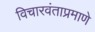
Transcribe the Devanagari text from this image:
विचारवंताप्रमाणे